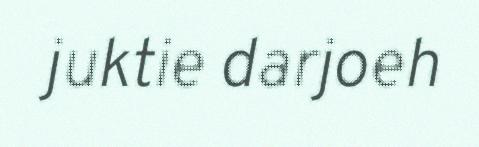
juktie darjoeh